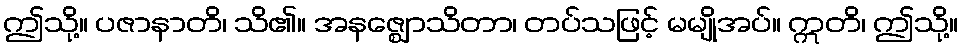
ဤသို့။ ပဇာနာတိ၊ သိ၏။ အနဇ္ဈောသိတာ၊ တပ်သဖြင့် မမျိုအပ်။ ဣတိ၊ ဤသို့။